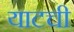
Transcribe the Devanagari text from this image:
याटची